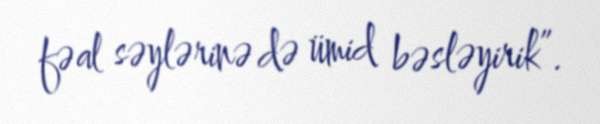
fəal səylərinə də ümid bəsləyirik”.